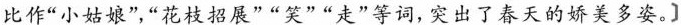
比作“小姑娘”,“花枝招展”“笑”“走”等词,突出了春天的娇美多姿。]